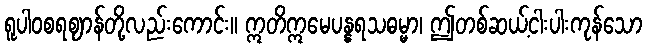
ရူပါဝစရဈာန်တို့လည်းကောင်း။ ဣတိဣမေပန္နရသဓမ္မာ၊ ဤတစ်ဆယ့်ငါးပါးကုန်သော